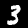
Digit: 3